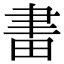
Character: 𤱪